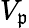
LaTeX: V_{\mathfrak{p}}